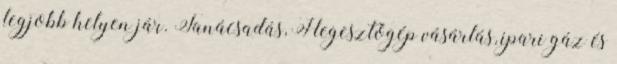
legjobb helyen jár. Tanácsadás, Hegesztőgép vásárlás, ipari gáz és